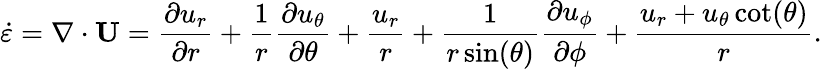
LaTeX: \dot{\varepsilon}=\mathbf{\nabla}\cdot\mathbf{U}=\frac{\partial u_{r}}{\partial r}+\frac{1}{r}\frac{\partial u_{\theta}}{\partial\theta}+\frac{u_{r}}{r}+\frac{1}{r\sin(\theta)}\frac{\partial u_{\phi}}{\partial\phi}+\frac{u_{r}+u_{\theta}\cot(\theta)}{r}.